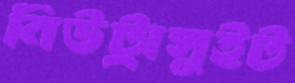
নিউট্রাসুইট